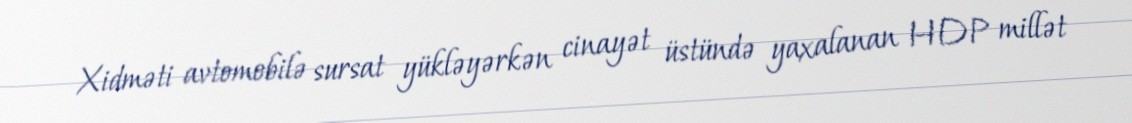
Xidməti avtomobilə sursat yükləyərkən cinayət üstündə yaxalanan HDP millət